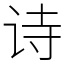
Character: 诗